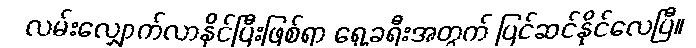
လမ်းလျှောက်လာနိုင်ပြီးဖြစ်ရာ ရှေ့ခရီးအတွက် ပြင်ဆင်နိုင်လေပြီ။